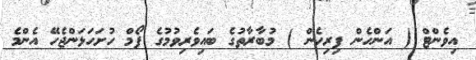
އިވެންޓް ( އަންހެން ފިރިހެން ) މުބާރާތުގެ ބައިވެރިވުމުގެ ފޯމް ހުށަހަޅަންޖެހޭ އެންމެ